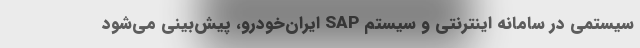
سیستمی در سامانه اینترنتی و سیستم SAP ایران‌خودرو،‌ پیش‌بینی می‌شود